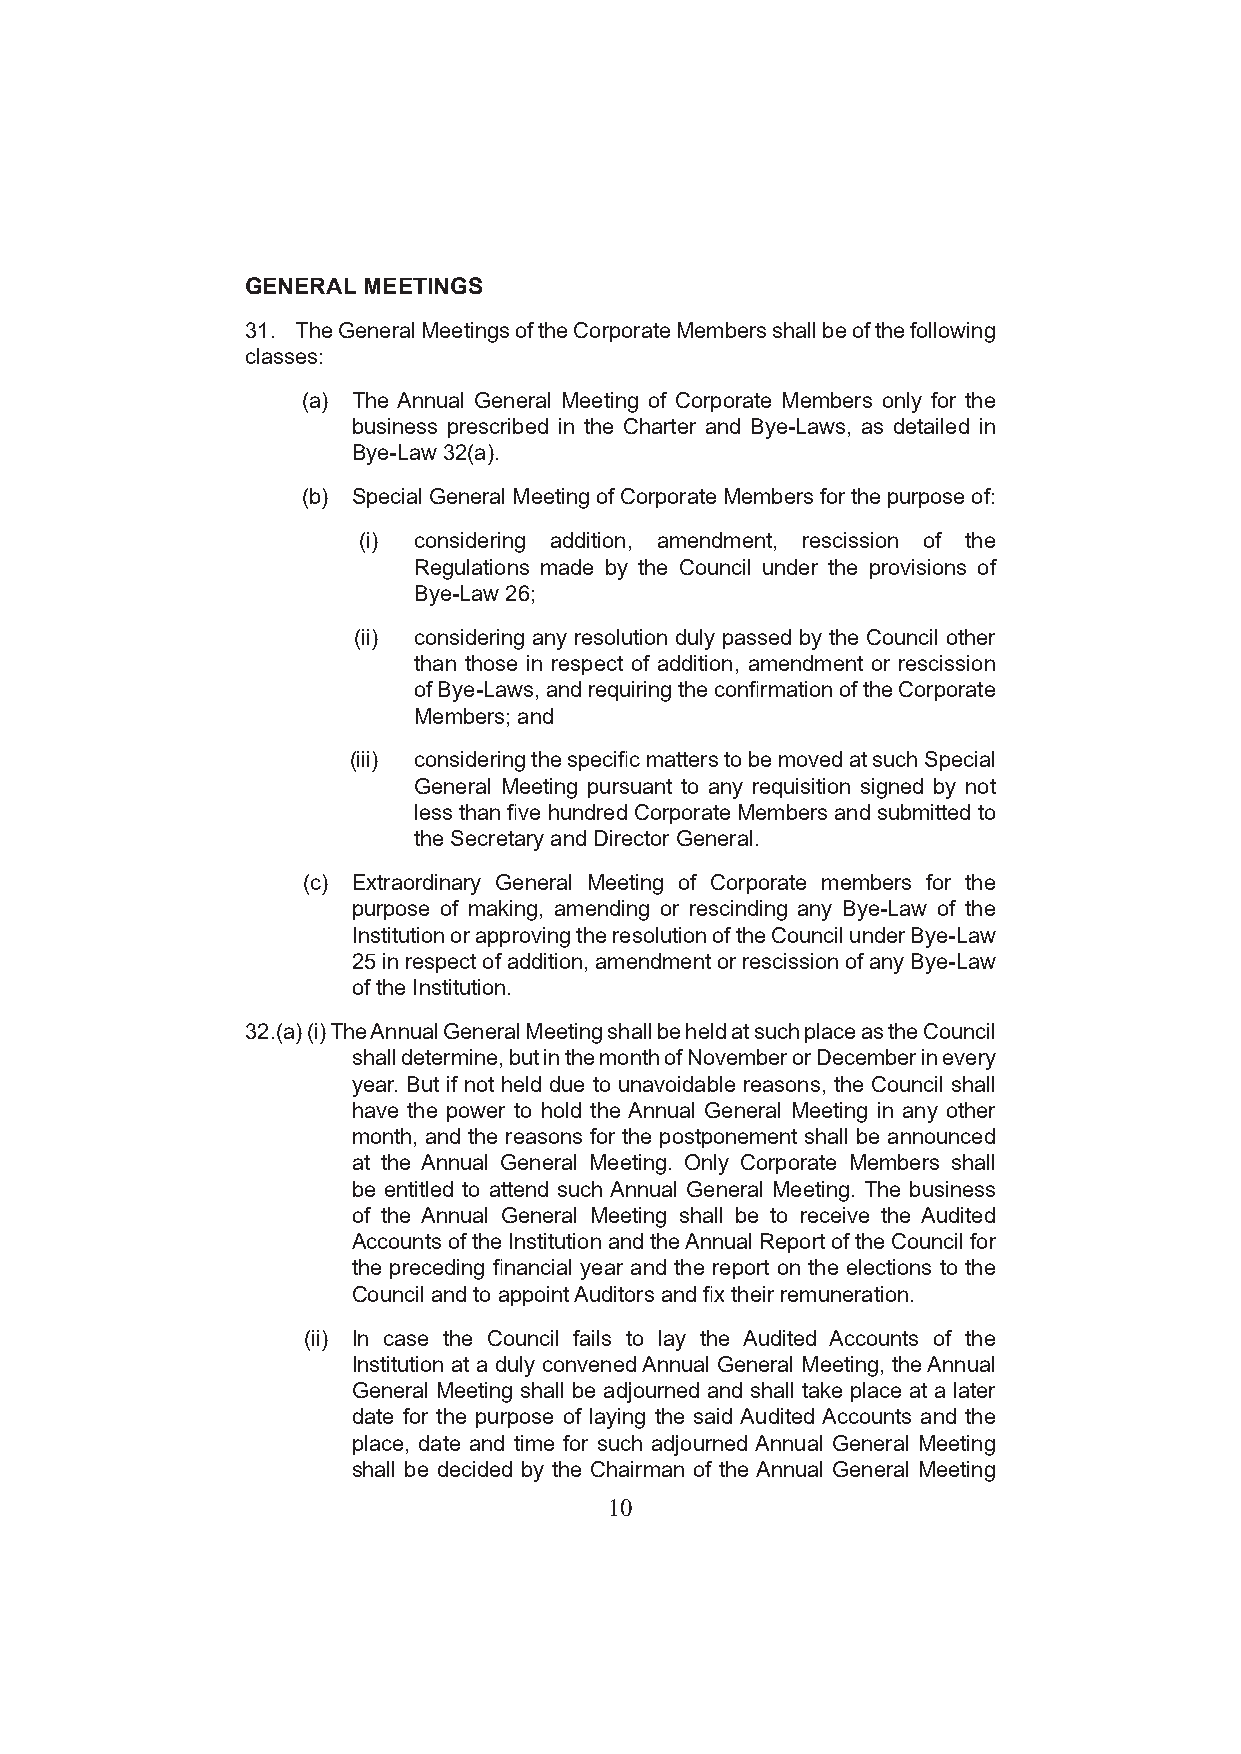
GENERAL MEETINGS
 31. The General Meetings of the Corporate Members shall be of the following
 classes:
 (a) The Annual General Meeting of Corporate Members only for the
 business prescribed in the Charter and Bye-Laws, as detailed in
 Bye-Law 32(a).
 (b) Special General Meeting of Corporate Members for the purpose of:
 (i) considering addition, amendment, rescission of the
 Regulations made by the Council under the provisions of
 Bye-Law 26;
 (ii) considering any resolution duly passed by the Council other
 than those in respect of addition, amendment or rescission
 of Bye-Laws, and requiring the confirmation of the Corporate
 Members; and
 (iii) considering the specific matters to be moved at such Special
 General Meeting pursuant to any requisition signed by not
 less than five hundred Corporate Members and submitted to
 the Secretary and Director General.
 (c) Extraordinary General Meeting of Corporate members for the
 purpose of making, amending or rescinding any Bye-Law of the
 Institution or approving the resolution of the Council under Bye-Law
 25 in respect of addition, amendment or rescission of any Bye-Law
 of the Institution.
 32. (a) (i) The Annual General Meeting shall be held at such place as the Council
 shall determine, but in the month of November or December in every
 year. But if not held due to unavoidable reasons, the Council shall
 have the power to hold the Annual General Meeting in any other
 month, and the reasons for the postponement shall be announced
 at the Annual General Meeting. Only Corporate Members shall
 be entitled to attend such Annual General Meeting. The business
 of the Annual General Meeting shall be to receive the Audited
 Accounts of the Institution and the Annual Report of the Council for
 the preceding financial year and the report on the elections to the
 Council and to appoint Auditors and fix their remuneration.
 (ii) In case the Council fails to lay the Audited Accounts of the
 Institution at a duly convened Annual General Meeting, the Annual
 General Meeting shall be adjourned and shall take place at a later
 date for the purpose of laying the said Audited Accounts and the
 place, date and time for such adjourned Annual General Meeting
 shall be decided by the Chairman of the Annual General Meeting
 10